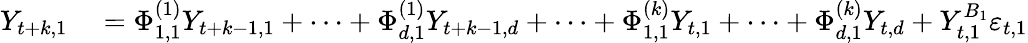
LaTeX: \begin{array}{rl}{Y_{t+k,1}}&{{}=\Phi_{1,1}^{(1)}Y_{t+k-1,1}+\cdots+\Phi_{d,1}^{(1)}Y_{t+k-1,d}+\cdots+\Phi_{1,1}^{(k)}Y_{t,1}+\cdots+\Phi_{d,1}^{(k)}Y_{t,d}+Y_{t,1}^{B_{1}}\varepsilon_{t,1}}\end{array}